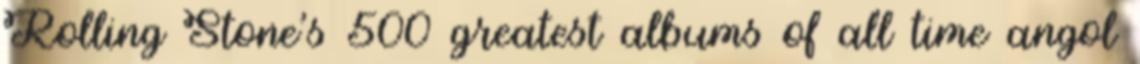
Rolling Stone's 500 greatest albums of all time angol